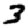
Digit: 3